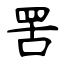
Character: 罟